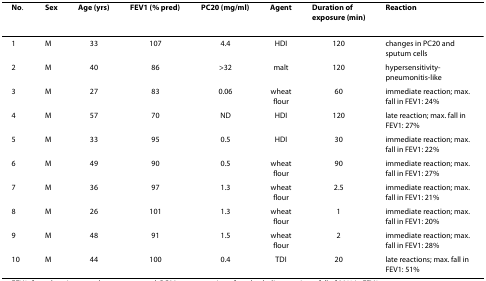
| No. | Sex | Age (yrs) | FEV1 (% pred) | PC20 (mg/ml) | Agent | Duration of exposure (min) | Reaction |
 | --- | --- | --- | --- | --- | --- | --- | --- |
 | 1 | M | 33 | 107 | 4.4 | HDI | 120 | changes in PC20 and sputum cells |
 | 2 | M | 40 | 86 | >32 | malt | 120 | hypersensitivity-pneumonitis-like |
 | 3 | M | 27 | 83 | 0.06 | wheat flour | 60 | immediate reaction; max. fall in FEV1: 24% |
 | 4 | M | 57 | 70 | ND | HDI | 120 | late reaction; max. fall in FEV1: 27% |
 | 5 | M | 33 | 95 | 0.5 | HDI | 30 | immediate reaction; max. fall in FEV1: 22% |
 | 6 | M | 49 | 90 | 0.5 | wheat flour | 90 | immediate reaction; max. fall in FEV1: 27% |
 | 7 | M | 36 | 97 | 1.3 | wheat flour | 2.5 | immediate reaction; max. fall in FEV1: 21% |
 | 8 | M | 26 | 101 | 1.3 | wheat flour | 1 | immediate reaction; max. fall in FEV1: 20% |
 | 9 | M | 48 | 91 | 1.5 | wheat flour | 2 | immediate reaction; max. fall in FEV1: 28% |
 | 10 | M | 44 | 100 | 0.4 | TDI | 20 | late reactions; max. fall in FEV1: 51% |